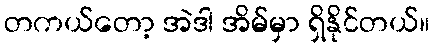
တကယ်တော့ အဲဒါ အိမ်မှာ ရှိနိုင်တယ်။